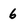
Character: 6